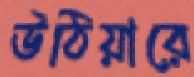
উঠিয়ারে